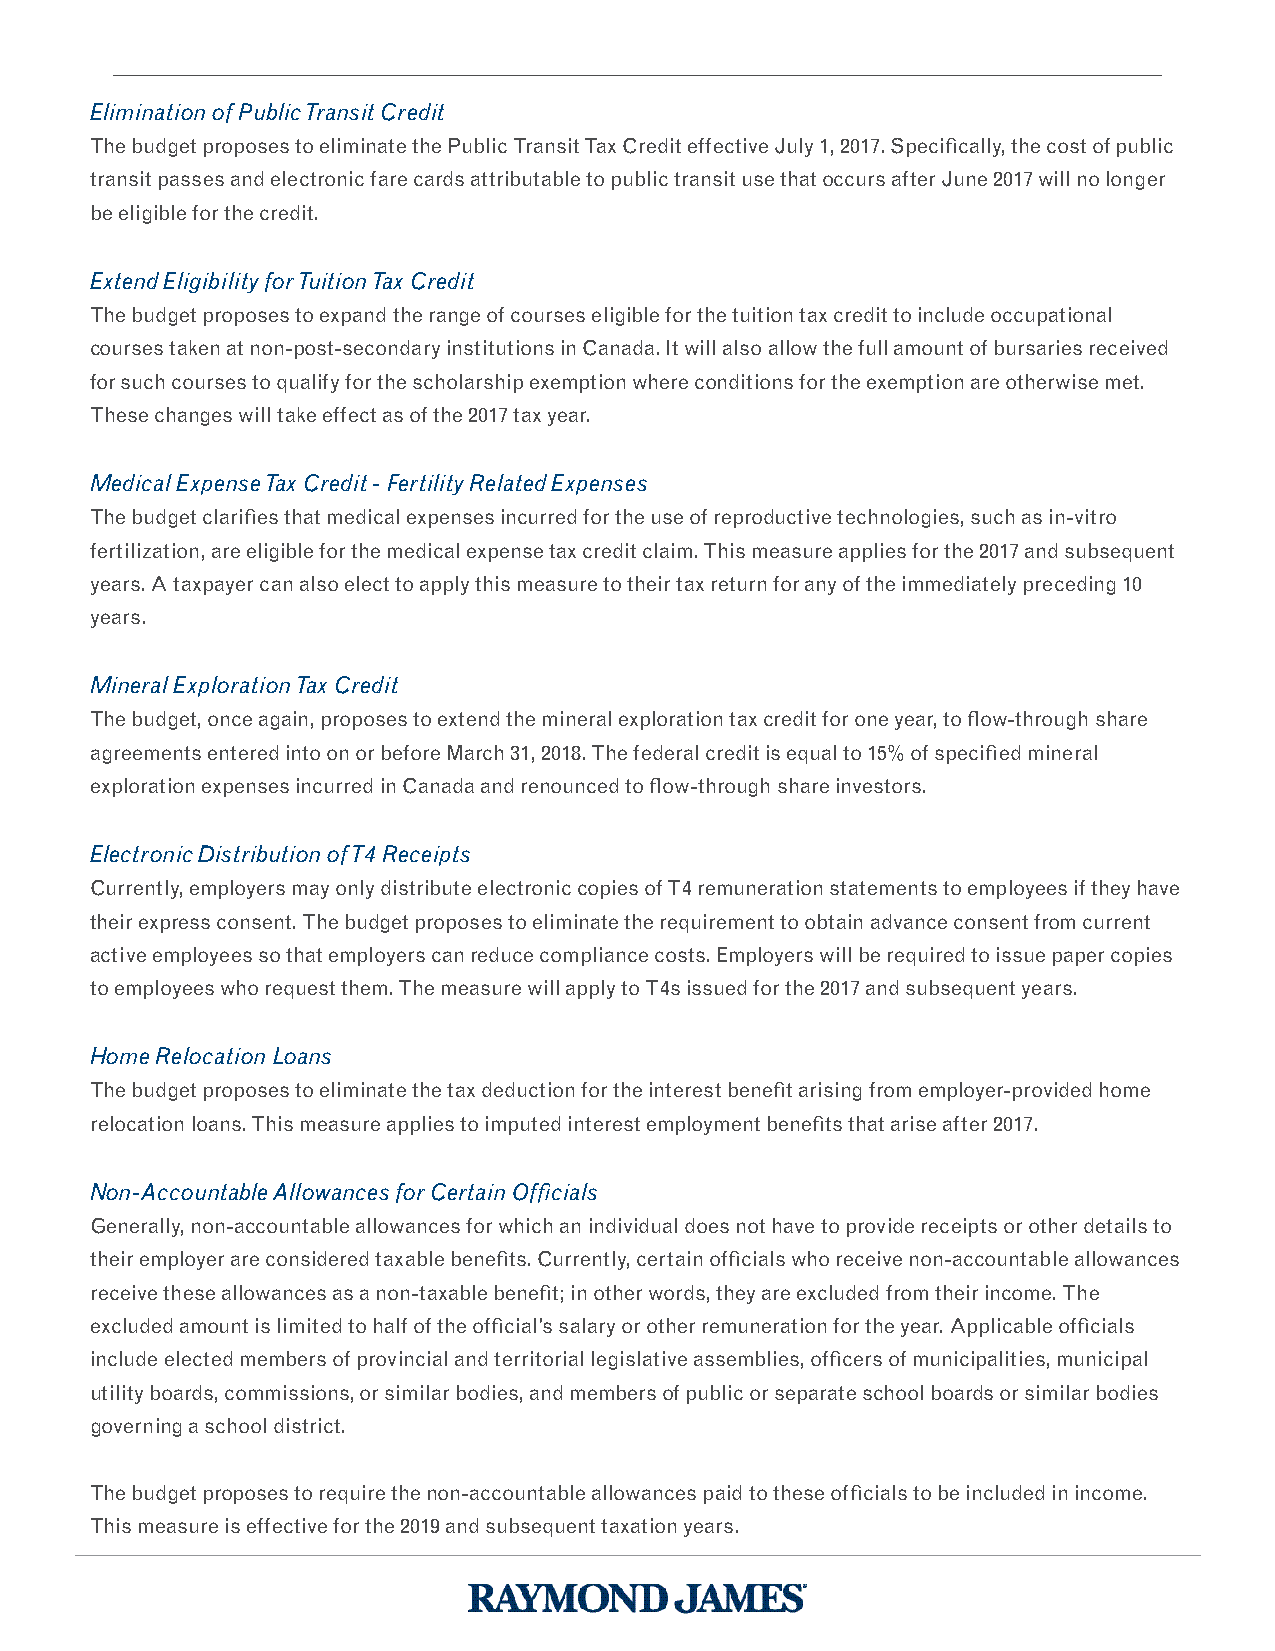
Elimination of Public Transit Credit
 The budget proposes to eliminate the Public Transit Tax Credit effective July 1, 2017. Specifically, the cost of public
 transit passes and electronic fare cards attributable to public transit use that occurs after June 2017 will no longer
 be eligible for the credit.
 Extend Eligibility for Tuition Tax Credit
 The budget proposes to expand the range of courses eligible for the tuition tax credit to include occupational
 courses taken at non-post-secondary institutions in Canada. It will also allow the full amount of bursaries received
 for such courses to qualify for the scholarship exemption where conditions for the exemption are otherwise met.
 These changes will take effect as of the 2017 tax year.
 Medical Expense Tax Credit - Fertility Related Expenses
 The budget clarifies that medical expenses incurred for the use of reproductive technologies, such as in-vitro
 fertilization, are eligible for the medical expense tax credit claim. This measure applies for the 2017 and subsequent
 years. A taxpayer can also elect to apply this measure to their tax return for any of the immediately preceding 10
 years.
 Mineral Exploration Tax Credit
 The budget, once again, proposes to extend the mineral exploration tax credit for one year, to flow-through share
 agreements entered into on or before March 31, 2018. The federal credit is equal to 15% of specified mineral
 exploration expenses incurred in Canada and renounced to flow-through share investors.
 Electronic Distribution of T4 Receipts
 Currently, employers may only distribute electronic copies of T4 remuneration statements to employees if they have
 their express consent. The budget proposes to eliminate the requirement to obtain advance consent from current
 active employees so that employers can reduce compliance costs. Employers will be required to issue paper copies
 to employees who request them. The measure will apply to T4s issued for the 2017 and subsequent years.
 Home Relocation Loans
 The budget proposes to eliminate the tax deduction for the interest benefit arising from employer-provided home
 relocation loans. This measure applies to imputed interest employment benefits that arise after 2017.
 Non-Accountable Allowances for Certain Officials
 Generally, non-accountable allowances for which an individual does not have to provide receipts or other details to
 their employer are considered taxable benefits. Currently, certain officials who receive non-accountable allowances
 receive these allowances as a non-taxable benefit; in other words, they are excluded from their income. The
 excluded amount is limited to half of the official’s salary or other remuneration for the year. Applicable officials
 include elected members of provincial and territorial legislative assemblies, officers of municipalities, municipal
 utility boards, commissions, or similar bodies, and members of public or separate school boards or similar bodies
 governing a school district.
 The budget proposes to require the non-accountable allowances paid to these officials to be included in income.
 This measure is effective for the 2019 and subsequent taxation years.